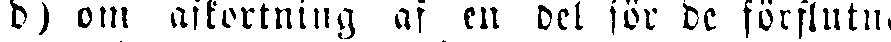
d) om afkortning af en del för de förflutna